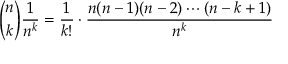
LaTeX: { \binom { n } { k } } { \frac { 1 } { n ^ { k } } } = { \frac { 1 } { k ! } } \cdot { \frac { n ( n - 1 ) ( n - 2 ) \cdots ( n - k + 1 ) } { n ^ { k } } }